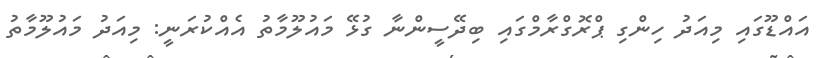
އައްޑޫގައި މިއަދު ހިންގި ޕްރޮގްރާމްގައި ބިދޭސީންނާ ގުޅޭ މައުލޫމާތު އެއްކުރަނީ: މިއަދު މައުލޫމާތު